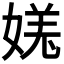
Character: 𫱎